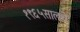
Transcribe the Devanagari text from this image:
१९६५सालचे